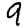
Digit: 9